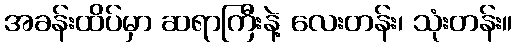
အခန်းထိပ်မှာ ဆရာကြီးနဲ့ လေးတန်း၊ သုံးတန်း။